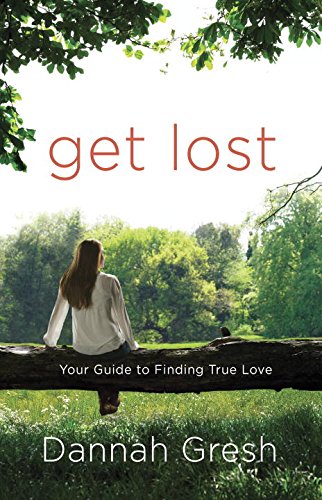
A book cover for Get Lost: Your Guide to Finding True Love; Dannah Gresh; Self-Help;